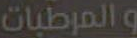
والمرطبات